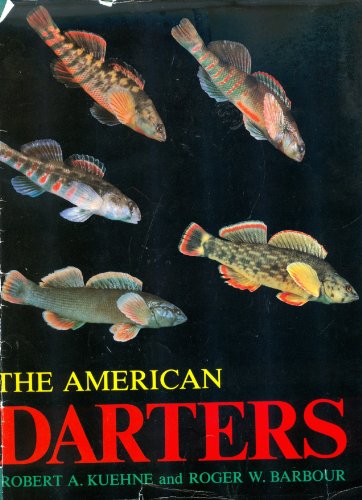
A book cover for The American Darters; Robert A. Kuehne; Sports & Outdoors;